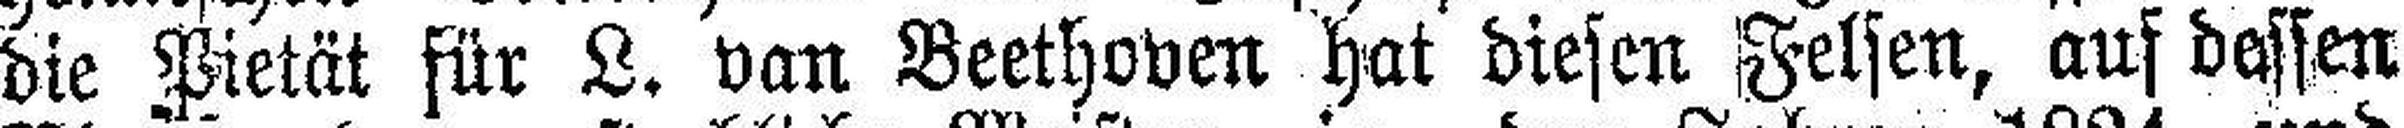
die Pietät für L. van Beethoven hat diesen Felsen, auf dessen